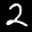
Label: 2